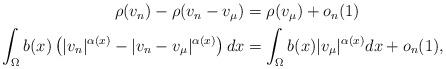
LaTeX: \begin{align*} \begin{aligned} \rho(v_n)-\rho(v_n-v_\mu)&=\rho(v_\mu)+o_n(1)\\ \int_{\Omega}b(x)\left(|v_{n}|^{\alpha(x)}-|v_{n}-v_\mu|^{\alpha(x)}\right)dx&=\int_{\Omega}b(x)|v_\mu|^{\alpha(x)}dx+o_n(1), \end{aligned} \end{align*}